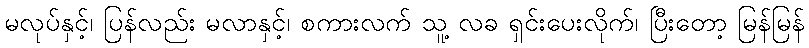
မလုပ်နှင့်၊ ပြန်လည်း မလာနှင့်၊ စကားလက် သူ့ လခ ရှင်းပေးလိုက်၊ ပြီးတော့ မြန်မြန်